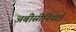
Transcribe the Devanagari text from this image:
अबीसीनियाई